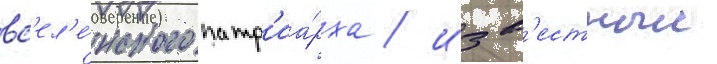
вс'ел'е́нского патр'иа́рха / изв'естныи